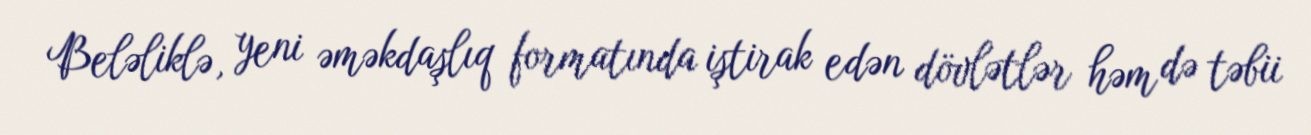
Beləliklə, yeni əməkdaşlıq formatında iştirak edən dövlətlər həm də təbii